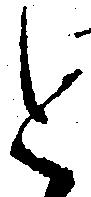
と